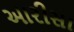
આરીસા